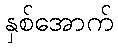
နှစ်အောက်